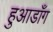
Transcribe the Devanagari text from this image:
हुआडाँग